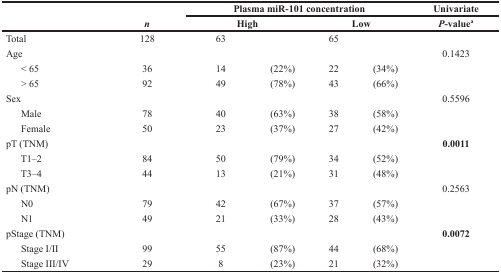
<table><thead><tr><td></td><td></td><td colspan="4"><b>Plasma miR-101 concentration</b></td><td><b>Univariate</b></td></tr><tr><td></td><td><b><i>n</i></b></td><td colspan="2"><b>High</b></td><td colspan="2"><b>Low</b></td><td><b><i>P</i>-value<sup>a</sup></b></td></tr></thead><tbody><tr><td>Total</td><td>128</td><td>63</td><td></td><td>65</td><td></td><td></td></tr><tr><td>Age</td><td></td><td></td><td></td><td></td><td></td><td>0.1423</td></tr><tr><td> &lt; 65</td><td>36</td><td>14</td><td>(22%)</td><td>22</td><td>(34%)</td><td></td></tr><tr><td> &gt; 65</td><td>92</td><td>49</td><td>(78%)</td><td>43</td><td>(66%)</td><td></td></tr><tr><td>Sex</td><td></td><td></td><td></td><td></td><td></td><td>0.5596</td></tr><tr><td> Male</td><td>78</td><td>40</td><td>(63%)</td><td>38</td><td>(58%)</td><td></td></tr><tr><td> Female</td><td>50</td><td>23</td><td>(37%)</td><td>27</td><td>(42%)</td><td></td></tr><tr><td>pT (TNM)</td><td></td><td></td><td></td><td></td><td></td><td><b>0.0011</b></td></tr><tr><td> T1–2</td><td>84</td><td>50</td><td>(79%)</td><td>34</td><td>(52%)</td><td></td></tr><tr><td> T3–4</td><td>44</td><td>13</td><td>(21%)</td><td>31</td><td>(48%)</td><td></td></tr><tr><td>pN (TNM)</td><td></td><td></td><td></td><td></td><td></td><td>0.2563</td></tr><tr><td> N0</td><td>79</td><td>42</td><td>(67%)</td><td>37</td><td>(57%)</td><td></td></tr><tr><td> N1</td><td>49</td><td>21</td><td>(33%)</td><td>28</td><td>(43%)</td><td></td></tr><tr><td>pStage (TNM)</td><td></td><td></td><td></td><td></td><td></td><td><b>0.0072</b></td></tr><tr><td> Stage I/II</td><td>99</td><td>55</td><td>(87%)</td><td>44</td><td>(68%)</td><td></td></tr><tr><td> Stage III/IV</td><td>29</td><td>8</td><td>(23%)</td><td>21</td><td>(32%)</td><td></td></tr></tbody></table>